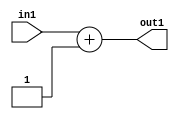
`timescale 1ps / 1ps
/*****************************************************************************
    Verilog RTL Description
    
    
    Created by: Stratus DpOpt 2019.1.01 
*******************************************************************************/

module pw_feature_addr_gen_Add2i1u8_4 (
	in1,
	out1
	); /* architecture "behavioural" */ 
input [7:0] in1;
output [7:0] out1;
wire [7:0] asc001;

assign asc001 = 
	+(in1)
	+(8'B00000001);

assign out1 = asc001;
endmodule

/* CADENCE  ubD3TQw= : u9/ySgnWtBlWxVPRXgAZ4Og= ** DO NOT EDIT THIS LINE ******/